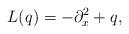
LaTeX: \begin{align*} L(q) = -\partial_{x}^{2} + q,\end{align*}